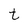
Character: t